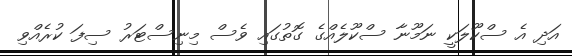
އަދި އެ ސްކޫލަކީ ނަމޫނާ ސްކޫލެއްގެ ގޮތުގައި ވެސް މިނިސްޓަރު ސިފަ ކުރެއްވި